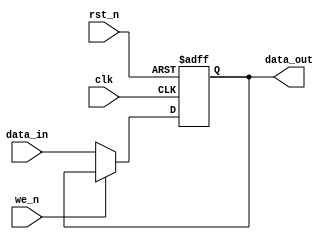
`timescale 1 ns / 1 ps 
module reg_8bit_we(clk, rst_n, data_in, data_out, we_n);

input clk, rst_n, we_n;
input [7:0] data_in;
output reg [7:0] data_out;

always @(posedge clk, negedge rst_n) begin
	if(!rst_n) begin
		data_out <=0;
	end else 
	if (!we_n) begin
		data_out <= data_in;
	end
end
endmodule